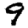
Digit: 9